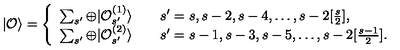
| { \cal O } \rangle = \left\{ \begin{array} { l } { \sum _ { s ^ { \prime } } \oplus | { \cal O } _ { s ^ { \prime } } ^ { ( 1 ) } \rangle \qquad s ^ { \prime } = s , s - 2 , s - 4 , \ldots , s - 2 [ \frac { s } { 2 } ] , } \\ { \sum _ { s ^ { \prime } } \oplus | { \cal O } _ { s ^ { \prime } } ^ { ( 2 ) } \rangle \qquad s ^ { \prime } = s - 1 , s - 3 , s - 5 , \ldots , s - 2 [ \frac { s - 1 } { 2 } ] . } \\ \end{array} \right.